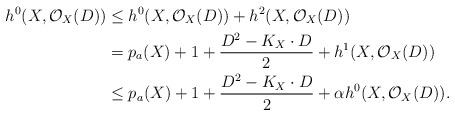
LaTeX: \begin{align*}h^0(X,\mathcal O_X(D))&\leq h^0(X,\mathcal O_X(D))+h^2(X,\mathcal O_X(D))\\&=p_a(X)+1+\frac {D^ 2-K_X\cdot D}2+ h^1(X,\mathcal O_X(D))\\&\leq p_a(X)+1+\frac {D^ 2-K_X\cdot D}2+ \alpha h^0(X,\mathcal O_X(D)).\\\end{align*}